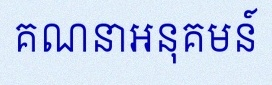
គណនាអនុគមន៍